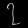
Digit: ၇